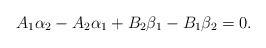
\begin{align*}A_1\alpha_2-A_2 \alpha_1+B_2\beta_1-B_1\beta_2=0.\end{align*}